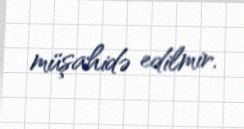
müşahidə edilmir.